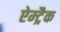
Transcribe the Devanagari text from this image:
ऐम्ट्रैक